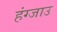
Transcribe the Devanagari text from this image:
हंग्जाउ